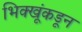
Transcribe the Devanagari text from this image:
भिक्खूंकडून